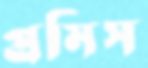
প্রমিস